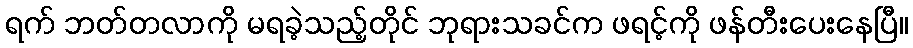
ရက် ဘတ်တလာကို မရခဲ့သည့်တိုင် ဘုရားသခင်က ဖရင့်ကို ဖန်တီးပေးနေပြီ။